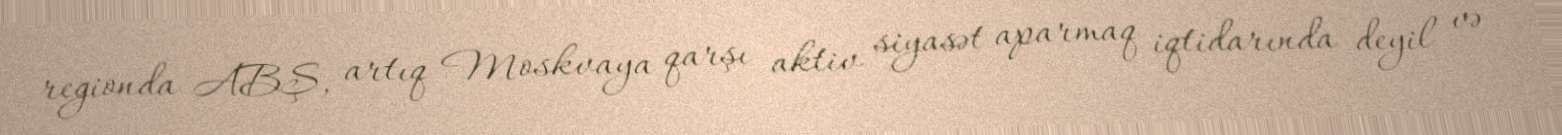
regionda ABŞ, artıq Moskvaya qarşı aktiv siyasət aparmaq iqtidarında deyil və